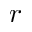
r